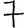
Digit: 7